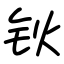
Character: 钬